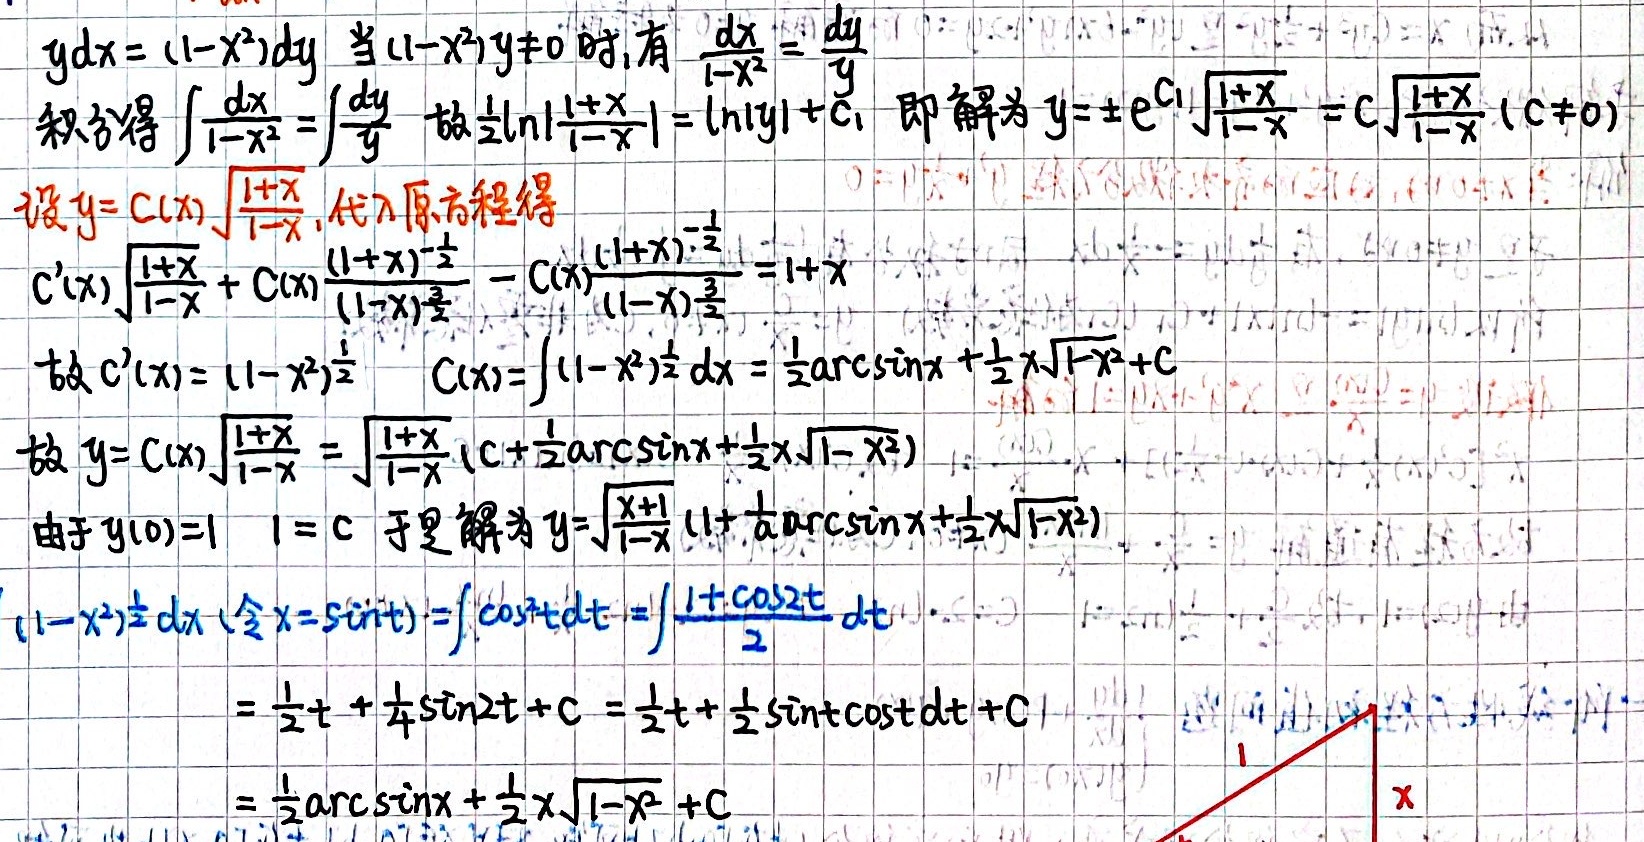
\(ydx = (1 - x^{2})dy\) 当\((1 - x^{2})y \neq 0\) 时,有 \(\frac{dx}{1 - x^{2}} = \frac{dy}{y}\)
积分得 \(\int\frac{dx}{1 - x^{2}} =\int\frac{dy}{y}\) 故\(\frac{1}{2}\ln|\frac{1 + x}{1 - x}| = \ln|y| + C_{1}\) 即解为 \(y = \pm e^{C_{1}}\sqrt{\frac{1 + x}{1 - x}} = C\sqrt{\frac{1 + x}{1 - x}} (C\neq 0)\)
设\(y = C(x)\sqrt{\frac{1 + x}{1 - x}}\), 代入原方程得
\(C^{\prime}(x)\sqrt{\frac{1 + x}{1 - x}}+C(x)\frac{(1 + x)^{-\frac{1}{2}}}{(1 - x)^{\frac{1}{2}}}-C(x)\frac{(1 + x)^{\frac{1}{2}}}{(1 - x)^{\frac{3}{2}}}=1 + x\)
故 \(C^{\prime}(x) = (1 - x^{2})^{\frac{1}{2}}\) \(C(x)=\int(1 - x^{2})^{\frac{1}{2}}dx=\frac{1}{2}\arcsin x+\frac{1}{2}x\sqrt{1 - x^{2}}+C\)
故 \(y = C(x)\sqrt{\frac{1 + x}{1 - x}}=\sqrt{\frac{1 + x}{1 - x}}(C+\frac{1}{2}\arcsin x+\frac{1}{2}x\sqrt{1 - x^{2}})\)
由于 \(y(0)=1\) \(1 = C\) 于是解为 \(y=\sqrt{\frac{x + 1}{1 - x}}(1+\frac{1}{2}\arcsin x+\frac{1}{2}x\sqrt{1 - x^{2}})\)
\((1 - x^{2})^{\frac{1}{2}}dx\) (令 \(x = \sin t\)) \(=\int\cos tdt=\int\frac{1 + \cos 2t}{2}dt\)
\(=\frac{1}{2}t+\frac{1}{4}\sin 2t + C=\frac{1}{2}t+\frac{1}{2}\sin t\cos tdt + C\)
\(=\frac{1}{2}\arcsin x+\frac{1}{2}x\sqrt{1 - x^{2}}+C\)